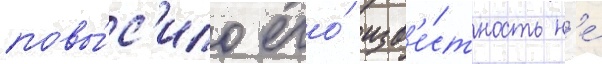
повы́с'ило его́ изв'е́стность н'е́